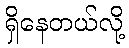
ရှိနေတယ်လို့